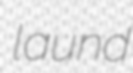
laund